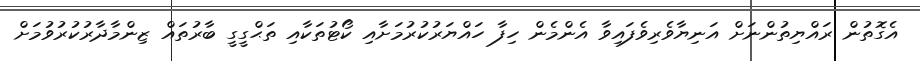
އެގޮތުން ރައްޔިތުންނަށް އަނިޔާވެރިވެފައިވާ އެންމެން ހިފާ ހައްޔަރުކުރުމަށާއި ކޯޓުތަކާއި ތަޙްގީގީ ބާރުތައް ޒިންމާދާރުކުރުވުމަށް